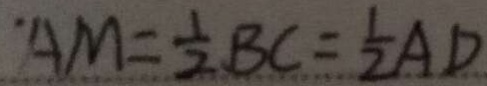
A M = \frac { 1 } { 2 } B C = \frac { 1 } { 2 } A D